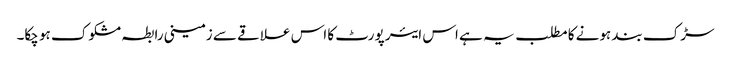
سڑک بند ہونے کا مطلب یہ ہے اس ایئر پورٹ کا اس علاقے سے زمینی رابطہ مشکوک ہو چکا۔